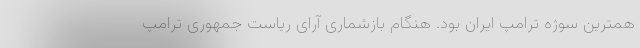
همترین سوژه ترامپ ایران بود. هنگام بازشماری آرای ریاست جمهوری ترامپ